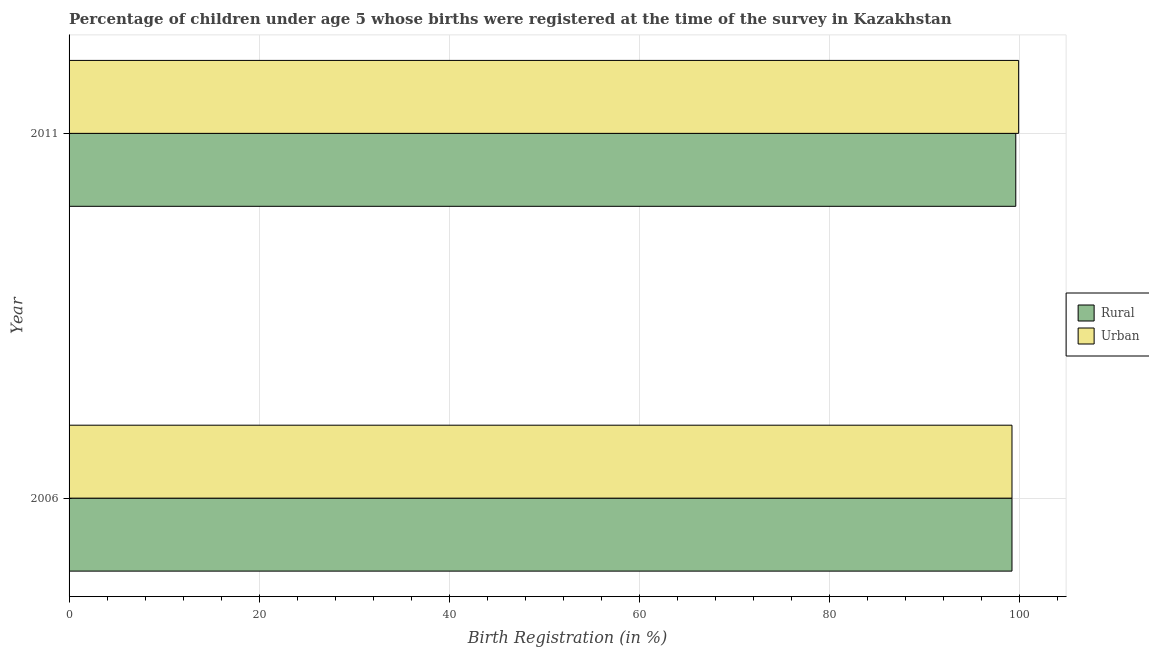
| Year | Rural | Urban |
 | --- | --- | --- |
 | 2006 | 99.2 | 99.2 |
 | 2011 | 99.6 | 99.9 |